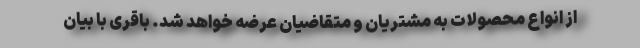
از انواع محصولات به مشتریان و متقاضیان عرضه خواهد شد. باقری با بیان